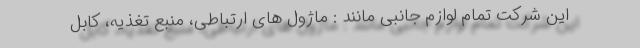
این شرکت تمام لوازم جانبی مانند : ماژول های ارتباطی، منبع تغذیه، کابل